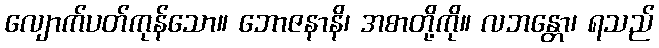
လျောက်ပတ်ကုန်သော။ ဘောဇနာနိ၊ အစာတို့ကို။ လဘန္တော၊ ရသည်